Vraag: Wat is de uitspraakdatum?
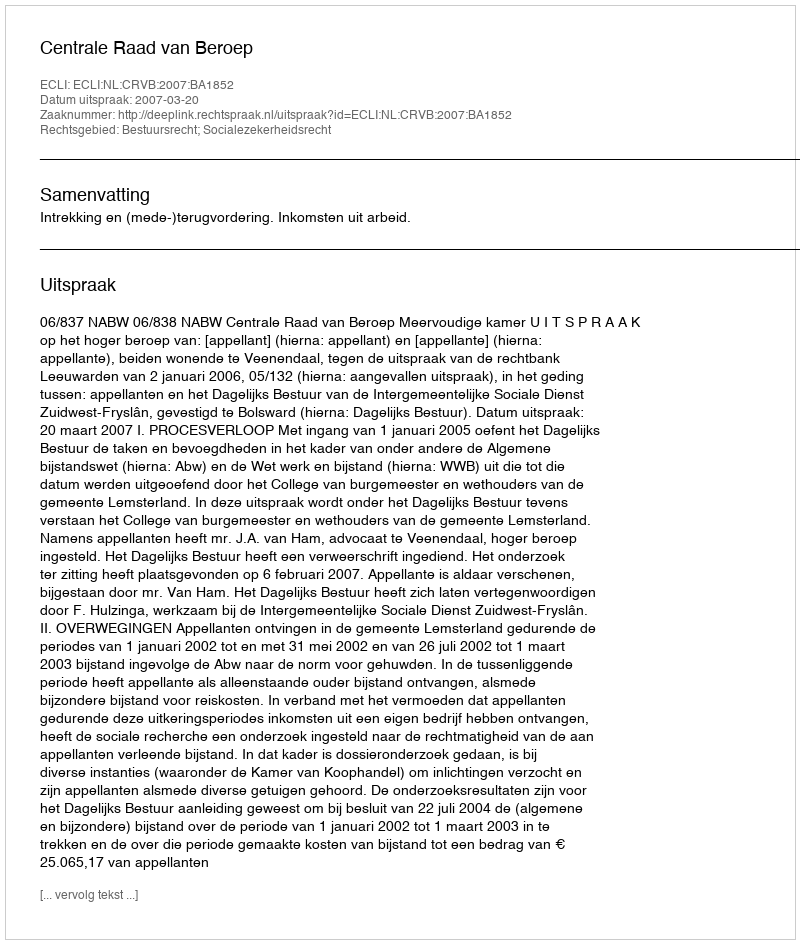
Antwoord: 2007-03-20